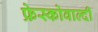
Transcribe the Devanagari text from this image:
फ्रेस्कोवाल्दी